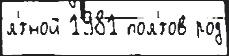
л'́тной 1981 пол'́тов род